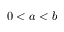
0 < a < b